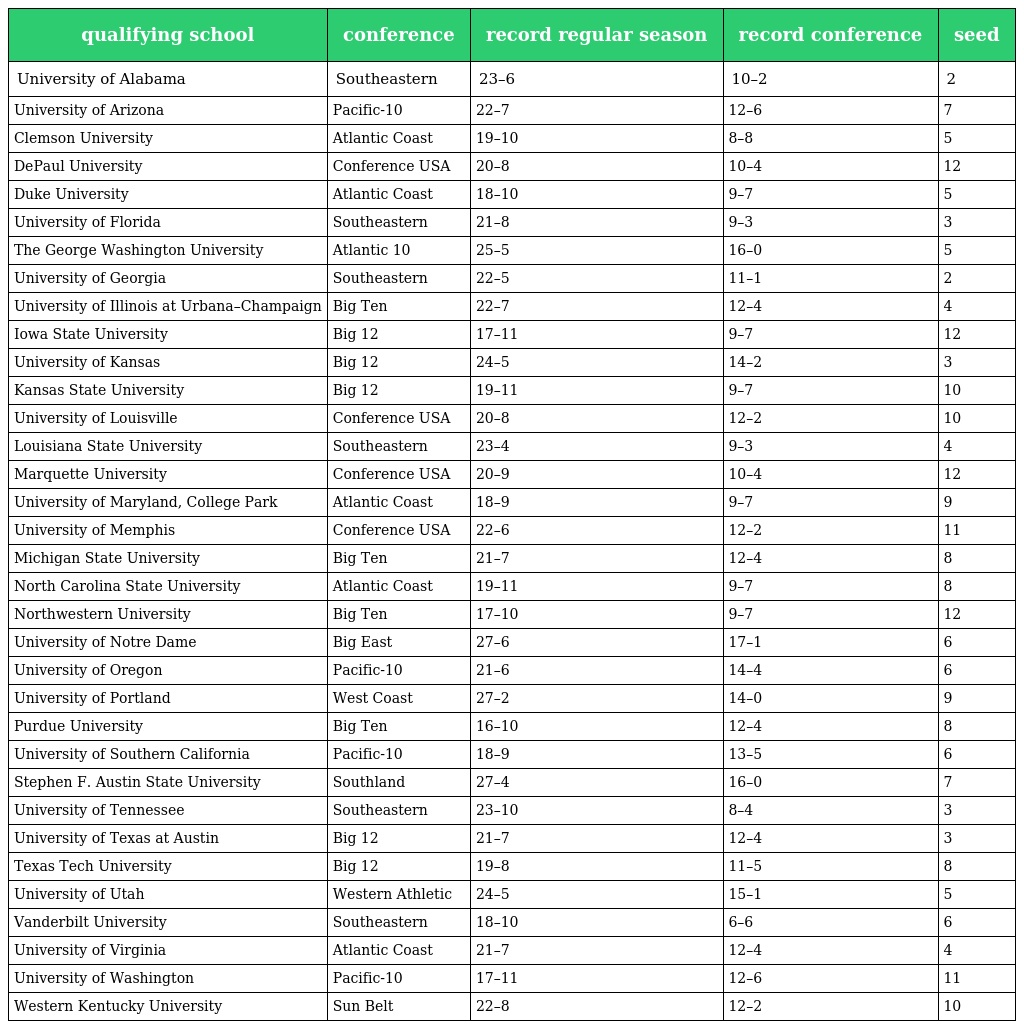
| qualifying school | conference | record regular season | record conference | seed |
 | --- | --- | --- | --- | --- |
 | University of Alabama | Southeastern | 23–6 | 10–2 | 2 |
 | University of Arizona | Pacific-10 | 22–7 | 12–6 | 7 |
 | Clemson University | Atlantic Coast | 19–10 | 8–8 | 5 |
 | DePaul University | Conference USA | 20–8 | 10–4 | 12 |
 | Duke University | Atlantic Coast | 18–10 | 9–7 | 5 |
 | University of Florida | Southeastern | 21–8 | 9–3 | 3 |
 | The George Washington University | Atlantic 10 | 25–5 | 16–0 | 5 |
 | University of Georgia | Southeastern | 22–5 | 11–1 | 2 |
 | University of Illinois at Urbana–Champaign | Big Ten | 22–7 | 12–4 | 4 |
 | Iowa State University | Big 12 | 17–11 | 9–7 | 12 |
 | University of Kansas | Big 12 | 24–5 | 14–2 | 3 |
 | Kansas State University | Big 12 | 19–11 | 9–7 | 10 |
 | University of Louisville | Conference USA | 20–8 | 12–2 | 10 |
 | Louisiana State University | Southeastern | 23–4 | 9–3 | 4 |
 | Marquette University | Conference USA | 20–9 | 10–4 | 12 |
 | University of Maryland, College Park | Atlantic Coast | 18–9 | 9–7 | 9 |
 | University of Memphis | Conference USA | 22–6 | 12–2 | 11 |
 | Michigan State University | Big Ten | 21–7 | 12–4 | 8 |
 | North Carolina State University | Atlantic Coast | 19–11 | 9–7 | 8 |
 | Northwestern University | Big Ten | 17–10 | 9–7 | 12 |
 | University of Notre Dame | Big East | 27–6 | 17–1 | 6 |
 | University of Oregon | Pacific-10 | 21–6 | 14–4 | 6 |
 | University of Portland | West Coast | 27–2 | 14–0 | 9 |
 | Purdue University | Big Ten | 16–10 | 12–4 | 8 |
 | University of Southern California | Pacific-10 | 18–9 | 13–5 | 6 |
 | Stephen F. Austin State University | Southland | 27–4 | 16–0 | 7 |
 | University of Tennessee | Southeastern | 23–10 | 8–4 | 3 |
 | University of Texas at Austin | Big 12 | 21–7 | 12–4 | 3 |
 | Texas Tech University | Big 12 | 19–8 | 11–5 | 8 |
 | University of Utah | Western Athletic | 24–5 | 15–1 | 5 |
 | Vanderbilt University | Southeastern | 18–10 | 6–6 | 6 |
 | University of Virginia | Atlantic Coast | 21–7 | 12–4 | 4 |
 | University of Washington | Pacific-10 | 17–11 | 12–6 | 11 |
 | Western Kentucky University | Sun Belt | 22–8 | 12–2 | 10 |